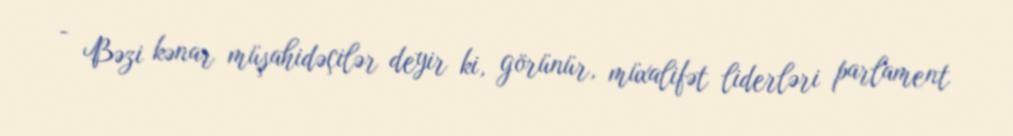
- Bəzi kənar müşahidəçilər deyir ki, görünür, müxalifət liderləri parlament